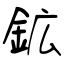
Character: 鉱